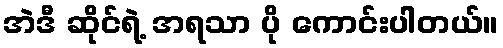
အဲဒီ ဆိုင်ရဲ့ အရသာ ပို ကောင်းပါတယ်။